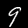
Digit: 9